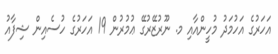
އަހަރުގެ އަހުމަދު މުހީންއާއި މ. ނޫރުޒޭރުގޭ ޢުމުރުން 19 އަހަރުގެ ހުސެއިން ޝިފާއު